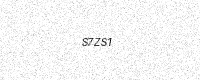
Text: S7ZS1